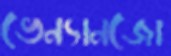
ভেন্যানজো